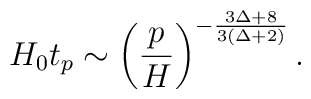
H_0 t_p \sim  \left( \frac{p}{H} \right)^{-\frac{3 \Delta+8}{3(\Delta+2)}}.